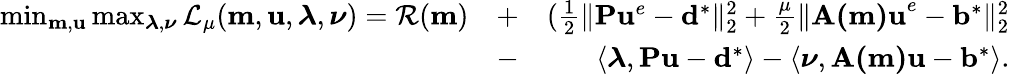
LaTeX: \begin{array}{rlr}{\operatorname*{min}_{\mathbf{m},\mathbf{u}}\operatorname*{max}_{\boldsymbol{\lambda},\boldsymbol{\nu}}\mathcal{L}_{\mu}(\mathbf{m},\mathbf{u},\boldsymbol{\lambda},\boldsymbol{\nu})=\mathcal{R}(\mathbf{m})}&{+}&{(\frac{1}{2}\| \mathbf{P}\mathbf{u}^{e}-\mathbf{d}^{*}\| _{2}^{2}+\frac{\mu}{2}\| \mathbf{A(m)u}^{e}-\mathbf{b}^{*}\| _{2}^{2}}\\ &{-}&{\left\langle\boldsymbol{\lambda},\mathbf{Pu}-\mathbf{d}^{*}\right\rangle-\left\langle\boldsymbol{\nu},\mathbf{A(m)u}-\mathbf{b}^{*}\right\rangle.}\end{array}